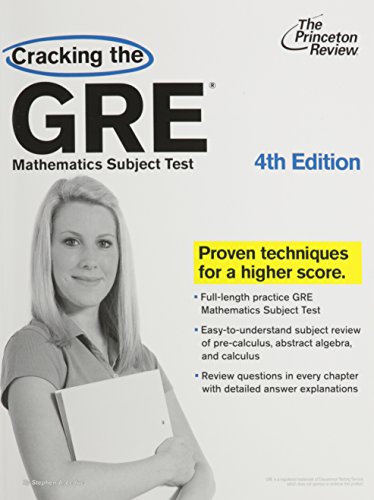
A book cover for Cracking the GRE Mathematics Subject Test, 4th Edition; Steven A. Leduc; Test Preparation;